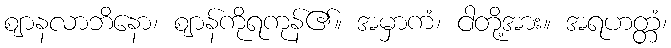
ဈာနလာဘိနော၊ ဈာန်ကိုရကုန်၏။ အမှာကံ၊ ငါတို့အား။ အရဟတ္တံ၊